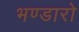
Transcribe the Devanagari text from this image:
भण्डारो